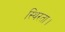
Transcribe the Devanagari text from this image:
स्थिरता।